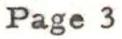
Page 3